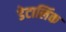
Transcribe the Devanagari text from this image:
डेटालिंक